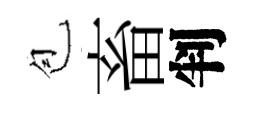
苞畜判